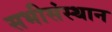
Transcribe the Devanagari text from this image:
सभीसंस्थान